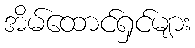
အိမ်ထောင်ရှင်များ